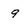
Character: 9